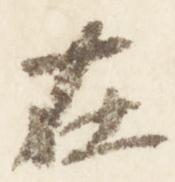
在